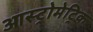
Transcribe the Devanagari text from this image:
आस्ट्रोमेट्रिक